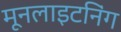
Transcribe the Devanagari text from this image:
मूनलाइटनिंग